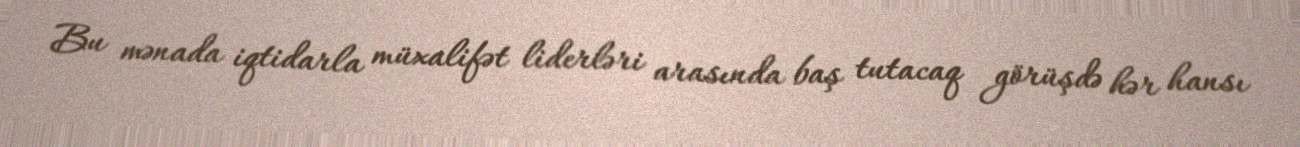
Bu mənada iqtidarla müxalifət liderləri arasında baş tutacaq görüşdə hər hansı